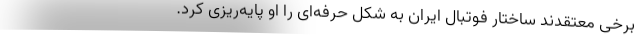
برخی معتقدند ساختار فوتبال ایران به شکل حرفه‌ای را او پایه‌ریزی کرد.